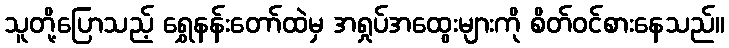
သူတို့ပြောသည့် ရွှေနန်းတော်ထဲမှ အရှုပ်အထွေးများကို စိတ်ဝင်စားနေသည်။